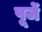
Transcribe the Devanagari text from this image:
पूर्जे